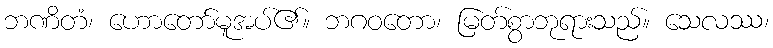
ဘဏိတံ၊ ဟောတော်မူအပ်၏။ ဘဂဝတော၊ မြတ်စွာဘုရားသည်။ သေလဿ၊